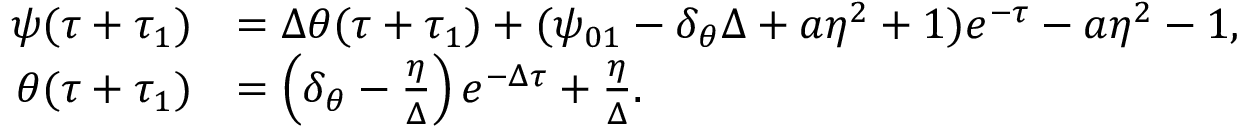
\begin{array} { r l } { \psi ( \tau + \tau _ { 1 } ) } & { = \Delta \theta ( \tau + \tau _ { 1 } ) + ( \psi _ { 0 1 } - \delta _ { \theta } \Delta + a \eta ^ { 2 } + 1 ) e ^ { - \tau } - a \eta ^ { 2 } - 1 , } \\ { \theta ( \tau + \tau _ { 1 } ) } & { = \left( \delta _ { \theta } - \frac { \eta } { \Delta } \right) e ^ { - \Delta \tau } + \frac { \eta } { \Delta } . } \end{array}